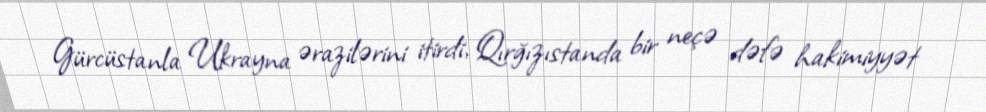
Gürcüstanla Ukrayna ərazilərini itirdi, Qırğızıstanda bir neçə dəfə hakimiyyət